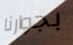
بجوارنا